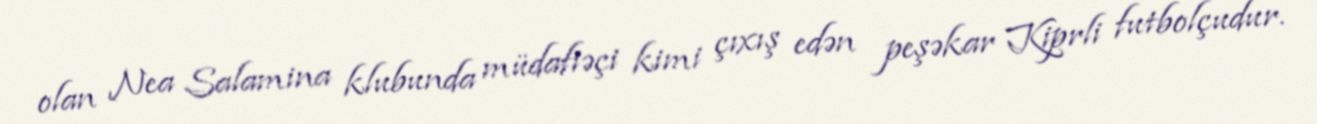
olan Nea Salamina klubunda müdafiəçi kimi çıxış edən peşəkar Kiprli futbolçudur.